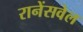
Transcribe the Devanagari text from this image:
रानेंसवेल